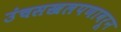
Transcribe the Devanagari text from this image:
उंचसखलपणावरून